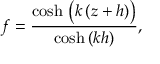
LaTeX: f = { \frac { \cosh \, { \bigl ( } k \, ( z + h ) { \bigr ) } } { \cosh \, ( k h ) } } ,